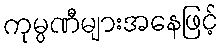
ကုမ္ပဏီများအနေဖြင့်